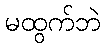
မထွက်ဘဲ